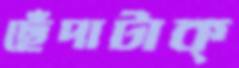
ছেঁদাটাক্